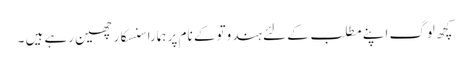
کچھ لوگ اپنے مطلب کے لئے ہندوتو کے نام پر ہمارا سنسکار چھین رہے ہیں ۔